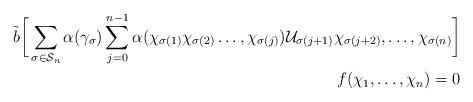
LaTeX: \begin{align*} \tilde{b} \bigg[\sum\limits_{\sigma\in \mathcal{S}_n}\alpha(\gamma_{\sigma})\sum\limits_{j=0}^{n-1}\alpha(\chi_{\sigma(1)}\chi_{\sigma(2)}\ldots, \chi_{\sigma(j)})\mathcal{U}_{\sigma(j+1)}\chi_{\sigma(j+2)},\ldots,\chi_{\sigma(n)}\bigg]\\ f(\chi_1,\ldots,\chi_n) =0 \end{align*}